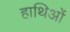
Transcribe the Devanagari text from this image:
हाथिओं